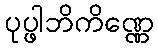
ပုပ္ဖါဘိကိဏ္ဏေ